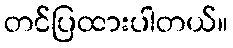
တင်ပြထားပါတယ်။